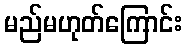
မည်မဟုတ်ကြောင်း